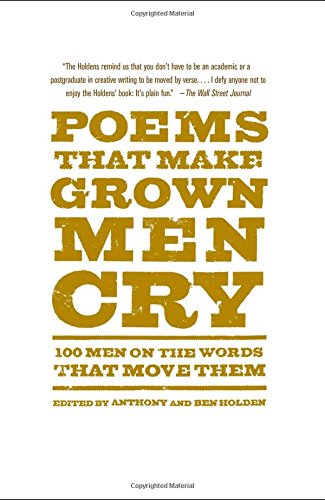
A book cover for Poems That Make Grown Men Cry: 100 Men on the Words That Move Them; Anthony Holden; Literature & Fiction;